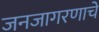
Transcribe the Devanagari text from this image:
जनजागरणाचे